Indian journal of veterinary science and animal husbandry - Volume 7,
Year: 1937
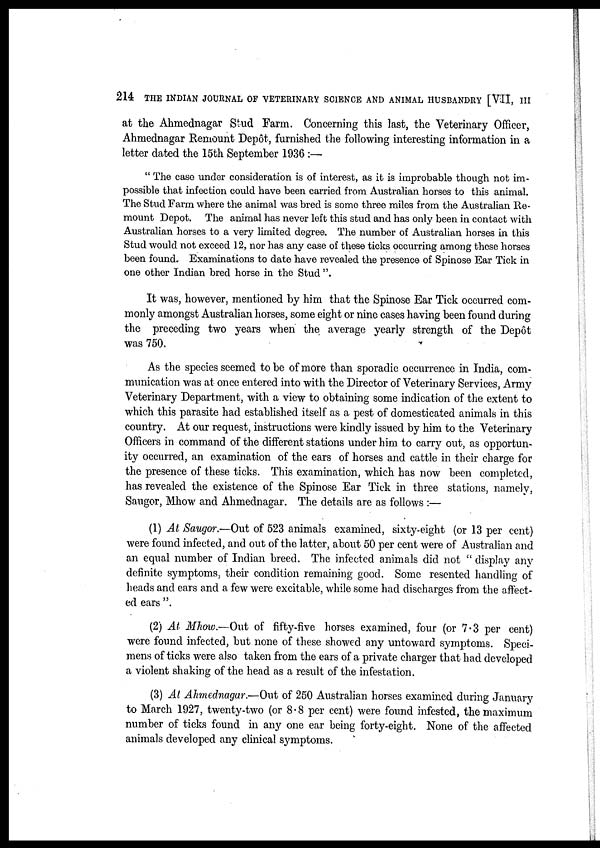
214 THE INDIAN JOURNAL OF VETERINARY SCIENCE AND ANIMAL HUSBANDRY [VII, III
at the Ahmednagar Stud Farm. Concerning this last, the Veterinary Officer,
Ahmednagar Remount Depôt, furnished the following interesting information in a
letter dated the 15th September 1936 :—
" The case under consideration is of interest, as it is improbable though not im-
possible that infection could have been carried from Australian horses to this animal.
The Stud Farm where the animal was bred is some three miles from the Australian Re-
mount Depot. The animal has never left this stud and has only been in contact with
Australian horses to a very limited degree. The number of Australian horses in this
Stud would not exceed 12, nor has any case of these ticks occurring among these horses
been found. Examinations to date have revealed the presence of Spinose Ear Tick in
one other Indian bred horse in the Stud ".
It was, however, mentioned by him that the Spinose Ear Tick occurred com-
monly amongst Australian horses, some eight or nine cases having been found during
the preceding two years when the average yearly strength of the Depôt
was 750.
As the species seemed to be of more than sporadic occurrence in India, com-
munication was at once entered into with the Director of Veterinary Services, Army
Veterinary Department, with a view to obtaining some indication of the extent to
which this parasite had established itself as a pest of domesticated animals in this
country. At our request, instructions were kindly issued by him to the Veterinary
Officers in command of the different stations under him to carry out, as opportun-
ity occurred, an examination of the ears of horses and cattle in their charge for
the presence of these ticks. This examination, which has now been completed,
has revealed the existence of the Spinose Ear Tick in three stations, namely,
Saugor, Mhow and Ahmednagar. The details are as follows :—
(1) At Saugor.—Out of 523 animals examined, sixty-eight (or 13 per cent)
were found infected, and out of the latter, about 50 per cent were of Australian and
an equal number of Indian breed. The infected animals did not " display any
definite symptoms, their condition remaining good. Some resented handling of
heads and ears and a few were excitable, while some had discharges from the affect-
ed ears ".
(2) At Mhow.—Out of fifty-five horses examined, four (or 7.3 per cent)
were found infected, but none of these showed any untoward symptoms. Speci-
mens of ticks were also taken from the ears of a private charger that had developed
a violent shaking of the head as a result of the infestation.
(3) At Ahmednagar.—Out of 250 Australian horses examined during January
to March 1927, twenty-two (or 8.8 per cent) were found infested, the maximum
number of ticks found in any one ear being forty-eight. None of the affected
animals developed any clinical symptoms.